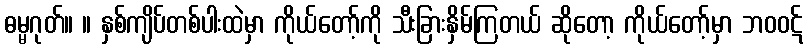
ဓမ္မဂုတ်။ ။ နှစ်ကျိပ်တစ်ပါးထဲမှာ ကိုယ်တော့်ကို သီးခြားနှိမ်ကြတယ် ဆိုတော့ ကိုယ်တော့်မှာ ဘဝဝဋ်